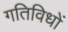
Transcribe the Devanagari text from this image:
गतिविधों